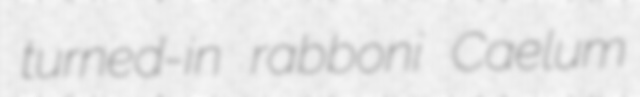
turned-in rabboni Caelum